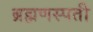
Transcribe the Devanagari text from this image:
ब्रह्मणस्पती